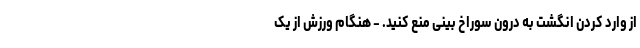
از وارد کردن انگشت به درون سوراخ بینی منع کنید. - هنگام ورزش از یک